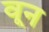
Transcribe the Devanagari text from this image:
वून